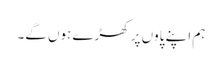
ہم اپنے پاوں پر کھڑے ہوں گے۔